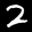
Label: 2